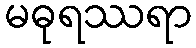
မဓုရဿရာ